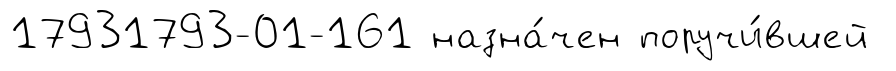
17931793-01-161 назна́чен поручи́вшей